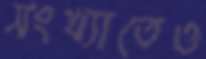
সংখ্যাতেও